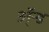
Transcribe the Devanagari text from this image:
ॲ्न्ड